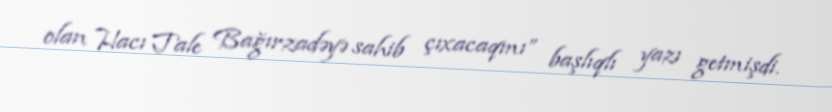
olan Hacı Tale Bağırzadəyə sahib çıxacaqmı” başlıqlı yazı getmişdi.